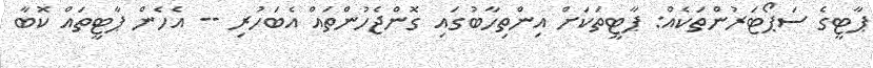
ޕާޓީގެ ސަޕޯޓަރުންތަކެއް: ޕާޓީތަކަށް އިންތިހާބުގައި ގޮންޖެހުންތައް އެބަހުރި -- އެހެން ޕާޓީތައް ކޮބާ